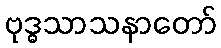
ဗုဒ္ဓသာသနာတော်